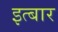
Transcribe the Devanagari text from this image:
इत्बार